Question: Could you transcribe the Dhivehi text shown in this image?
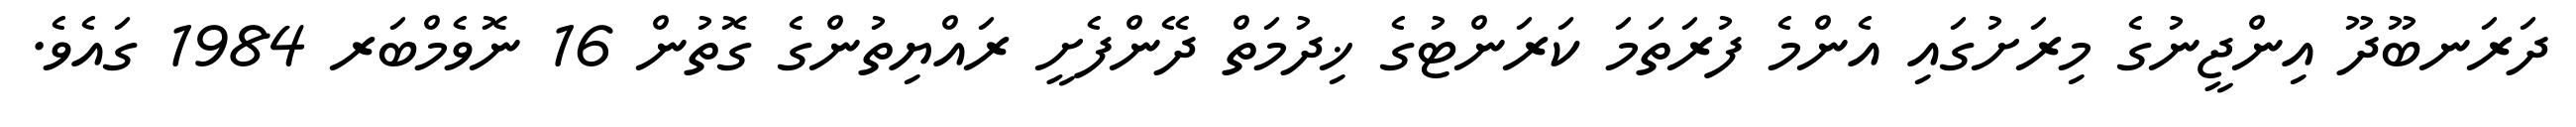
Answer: ދަރަނބޫދޫ އިންޖީނުގެ މިރަށުގައި އެންމެ ފުރަތަމަ ކަރަންޓުގެ ޚިދުމަތް ދޭންފެށީ ރައްޔިތުންގެ ގޮތުން 16 ނޮވެމްބަރ 1984 ގައެވެ.